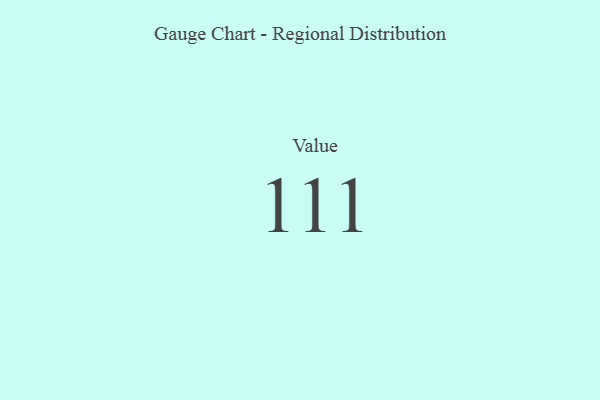
{"axis": {"x": "Metric", "y": "Value"}, "legend": [""], "data": [{"x": "Value", "y": 111, "type": ""}]}